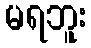
မရဘူး